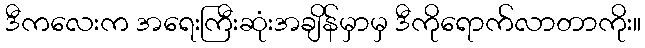
ဒီကလေးက အရေးကြီးဆုံးအချိန်မှာမှ ဒီကိုရောက်လာတာကိုး။